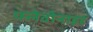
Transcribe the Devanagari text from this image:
फ्लेवोनाइड